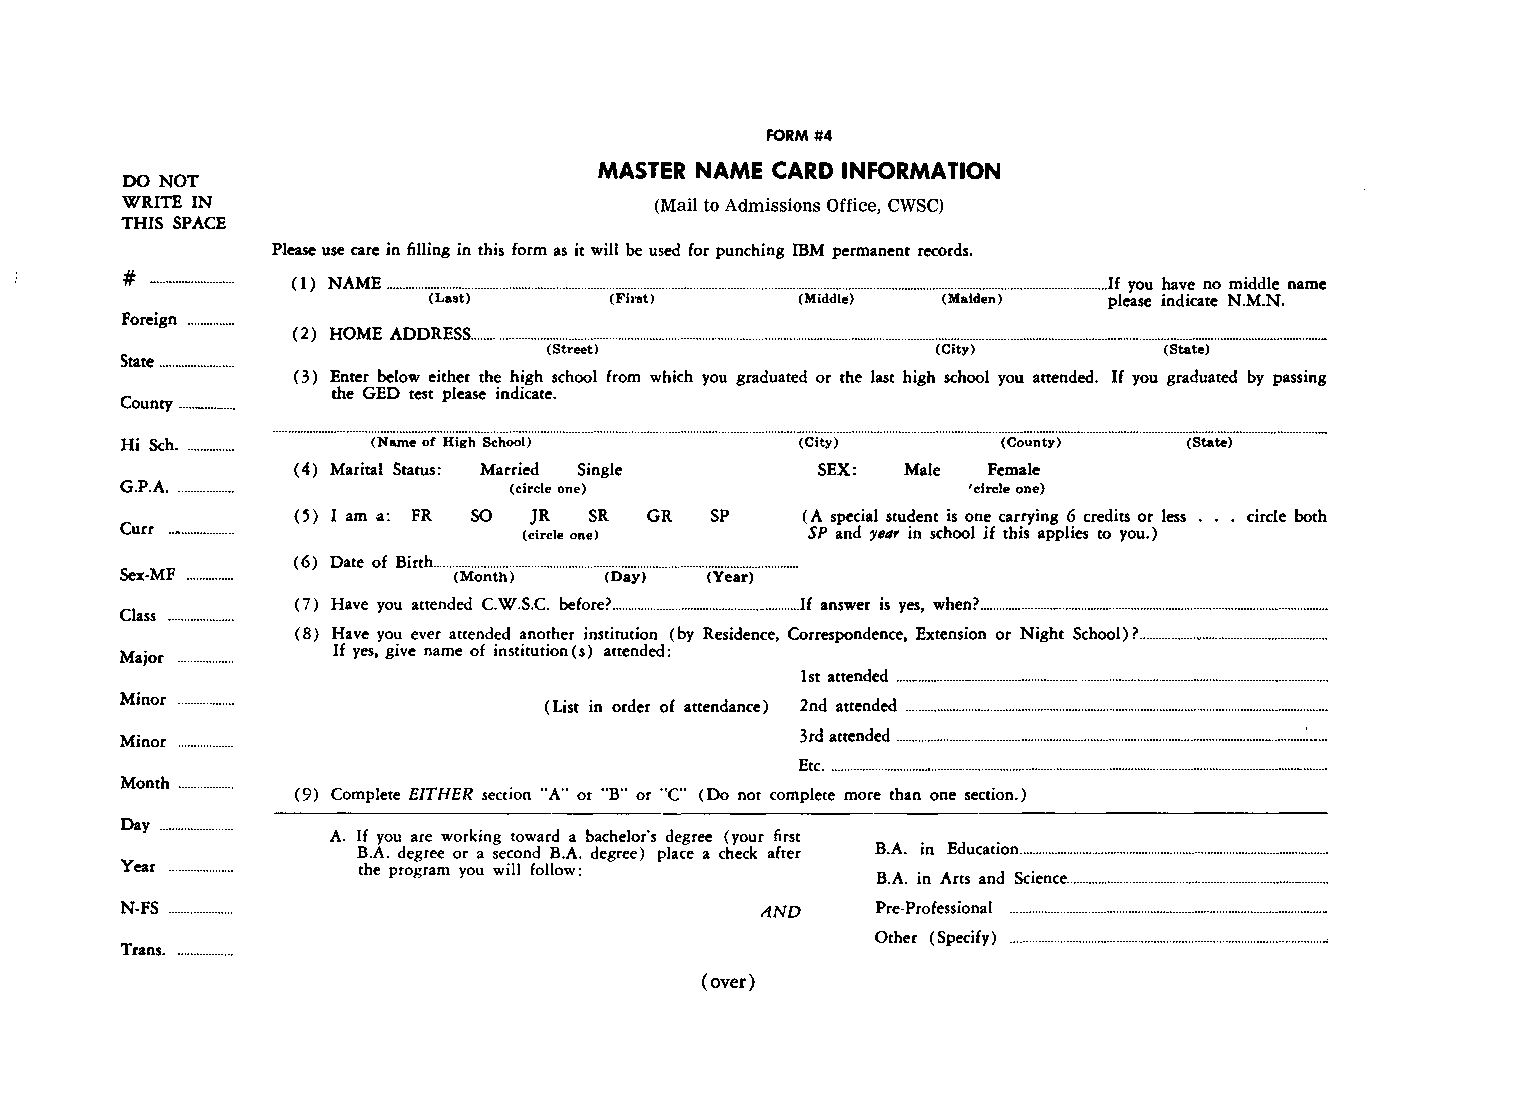
FORM #4
 MASTER NAME CARD INFORMATION
 DO NOT
 WRITE IN                            (Mail to Admissions Office, CWSC)
 THIS SPACE
 Please use care in filling in this form as it will be used for punching IBM permanent records.
 # ...........................
 (1) NAME ...................................................................................................... . .. .................................................................................................. .If you have no middle name
 (Last)      (Fil"st)    (Middle)  (Maiden)  please indicate N.M.N.
 Foreign .............. .
 (2) HOME ADDRESS. .................................... .
 (Street)                  (City)         (State)
 State ....................... .
 ( 3) Enter below either the high school from which you graduated or the last high school you attended. If you graduated by passing
 the GED test please indicate.
 County ................. .
 Hi Sch ............... . (Name of High School) (City)     (County)     (State)
 ( 4) Marital Status: Married Single SEX: Male Female
 G.P.A .................. . ( circle one)                'circle one)
 (5) I am a: FR so JR SR GR SP    ( A special student is one carrying 6 credits or less . . . circle both
 Curr ..•.................  (circle one)       SP and yea, in school if this applies to you.)
 ( 6) Date of Birth ..................... .
 Sex-MF .............. . (Month) (Day)  (Year)
 (7) Have you attended C.W.S.C. before? .......................................................... If answer is yes, when? .............................................................................................................. .
 Class .................... .
 ( 8) Have you ever attended another institution ( by Residence, Correspondence, Extension or Night School) ?. ................. _. ....................................... .
 If yes, give name of institution ( s) attended:
 Major
 1st attended ......................................................................................................................................... .
 Minor                       ( List in order of attendance) 2nd attended ...................................................................................................................................... .
 3rd attended ....................................................................................................................................... .
 Minor
 Etc ............................................................................................................................................................... .
 Month .............. .
 (9) Complete EITHER section "A" or "B"' or "C" (Do not complete more than one section.)
 Day ....................... .
 A. If you are working toward a bachelor's degree (your first
 B.A. degree or a second B.A. degree) place a check after B.A. in Education .................................................................................................. .
 Year            the program you will follow:
 B.A. in Arts and Science ................................................................................... .
 N-FS                                       AND    Pre-Professional
 Other (Specify)
 Trans. ................. .
 (over)